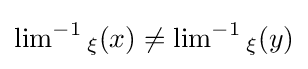
\operatorname {lim} ^{-1}{}_{\xi }(x)\neq \operatorname {lim} ^{-1}{}_{\xi }(y)